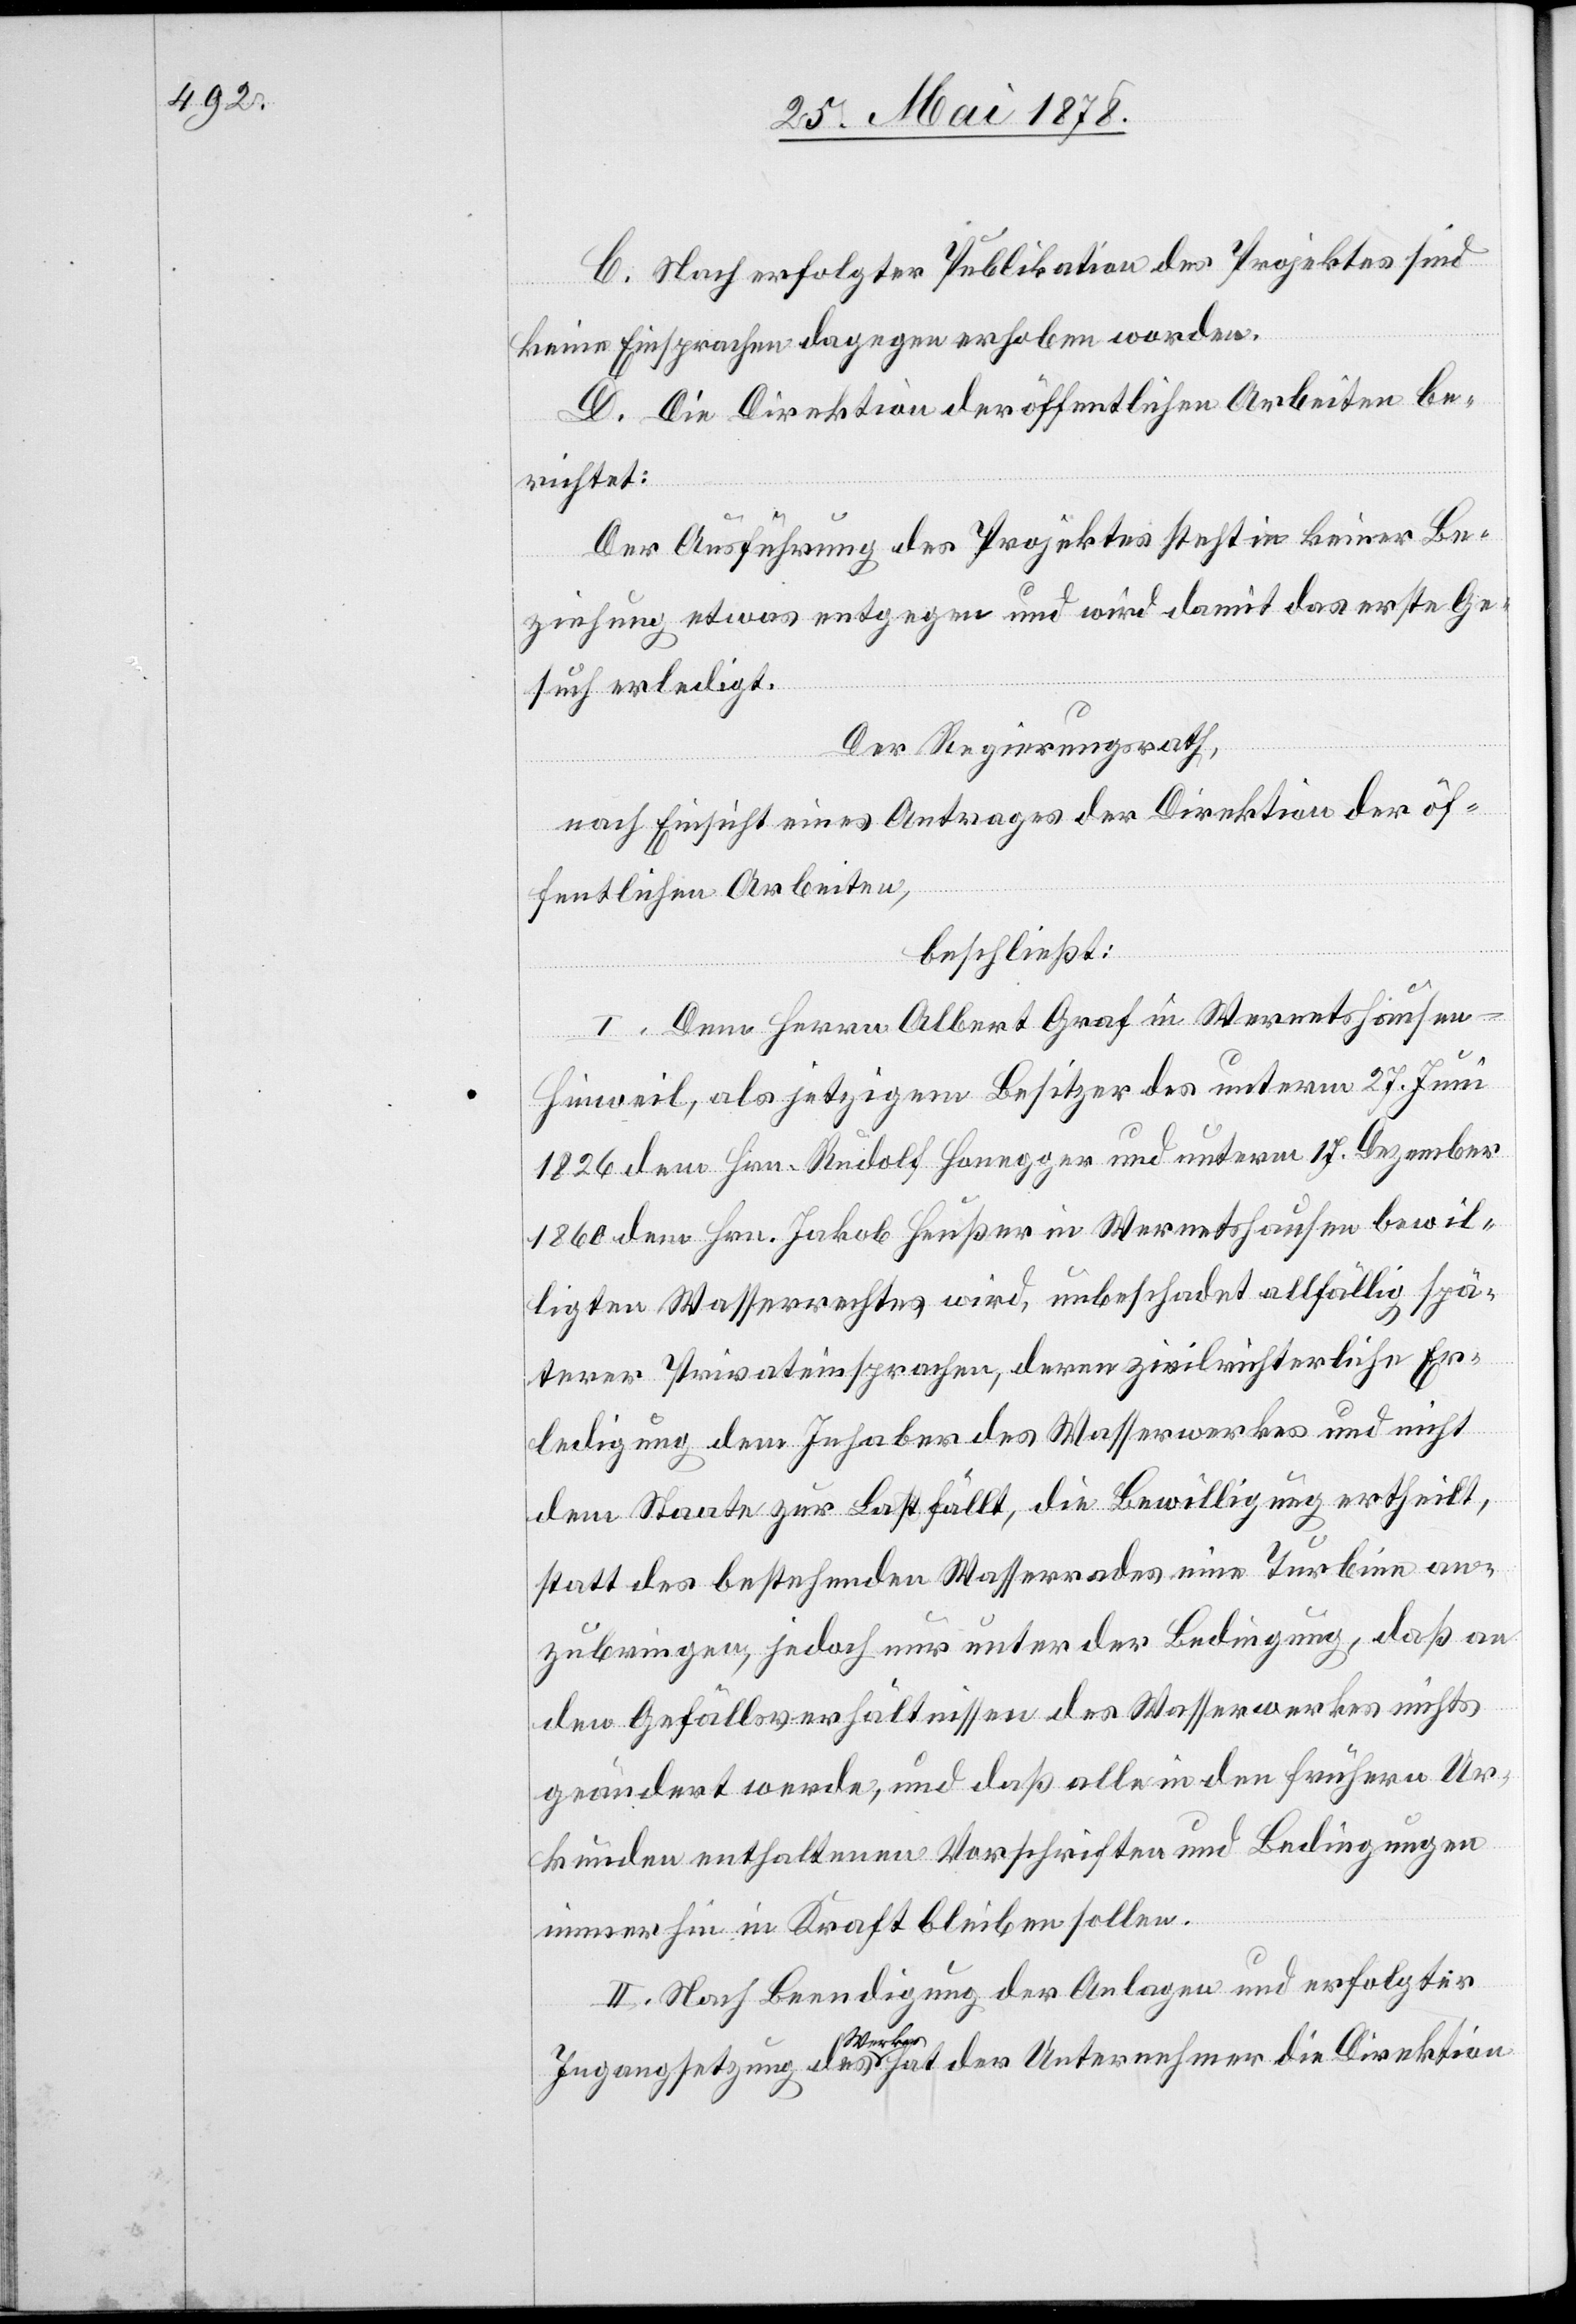
C. Nach erfolgter Publikation des Projektes sind
keine Einsprachen dagegen erhoben worden.
D. Die Direktion der öffentlichen Arbeiten be¬
richtet:
Der Ausführung des Projektes steht in keiner Be¬
ziehung etwas entgegen und wird damit das erste Ge¬
such erledigt.
Der Regierungsrath,
nach Einsicht eines Antrages der Direktion der öf¬
fentlichen Arbeiten,
beschließt:
I. Dem Herrn Albert Graf in Wernetshausen
-
Hinweil, als jetzigem Besitzer des unterm 27. Juni
1826 dem Hrn. Rudolf Honegger und unterm 17. Dezember
1860 dem Hrn. Jakob Heußer in Wernetshausen bewil¬
ligten Wasserrechtes wird, unbeschadet allfällig spä¬
terer Privateinsprachen, deren zivilrichterliche Er¬
ledigung dem Inhaber des Wasserwerkes und nicht
dem Staate zur Last fällt, die Bewilligung ertheilt,
statt des bestehenden Wasserrades eine Turbine an¬
zubringen, jedoch nur unter der Bedingung, daß an
den Gefällsverhältnissen des Wasserwerkes nichts
geändert werde, und dass alle in den frühern Ur¬
kunden enthaltenen Vorschriften und Bedingungen
immerhin in Kraft bleiben sollen.
II. Nach Beendigung der Anlagen und erfolgter
Ingangsetzung des Werkes hat der Unternehmer die Direktion